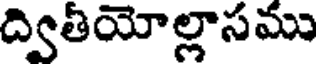
ద్వితీయోల్లాసము